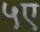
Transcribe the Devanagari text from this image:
५ए